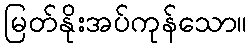
မြတ်နိုးအပ်ကုန်သော။